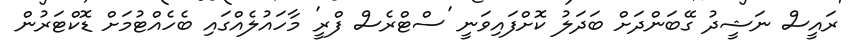
ރައީސް ނަޝީދު ގޭބަންދަށް ބަދަލު ކޮށްފައިވަނީ 'ސްޓްރެސް ފްރީ' މާހައުލެއްގައި ބެހެއްޓުމަށް ޑޮކްޓަރުން